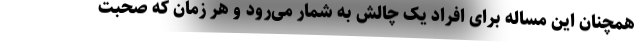
همچنان این مساله برای افراد یک چالش به شمار می‌رود و هر زمان که صحبت